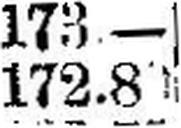
172.80